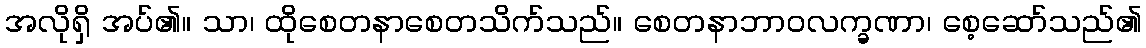
အလိုရှိ အပ်၏။ သာ၊ ထိုစေတနာစေတသိက်သည်။ စေတနာဘာဝလက္ခဏာ၊ စေ့ဆော်သည်၏